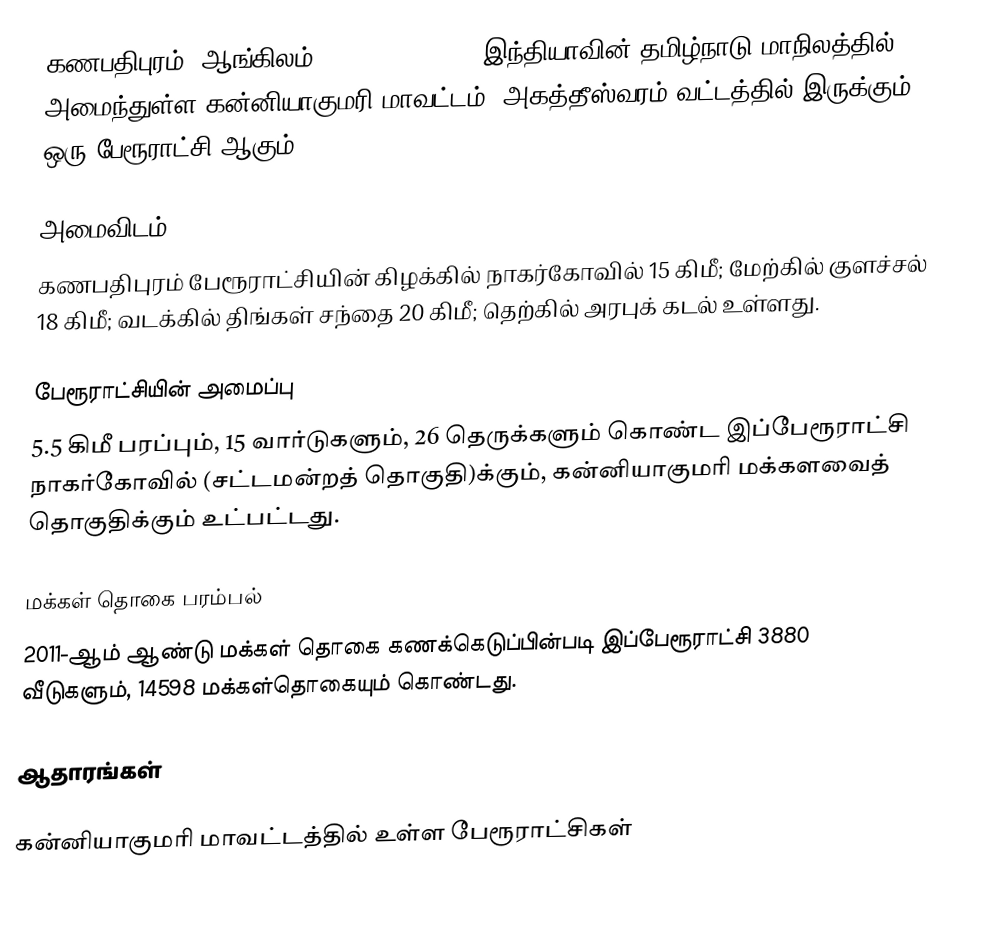
கணபதிபுரம் (ஆங்கிலம்:Ganapathipuram), இந்தியாவின் தமிழ்நாடு மாநிலத்தில் அமைந்துள்ள கன்னியாகுமரி மாவட்டம், அகத்தீஸ்வரம் வட்டத்தில் இருக்கும் ஒரு பேரூராட்சி ஆகும்.

அமைவிடம்
கணபதிபுரம் பேரூராட்சியின் கிழக்கில் நாகர்கோவில் 15 கிமீ;  மேற்கில் குளச்சல் 18 கிமீ; வடக்கில் திங்கள் சந்தை 20 கிமீ; தெற்கில் அரபுக் கடல் உள்ளது.

பேரூராட்சியின் அமைப்பு
5.5 கிமீ  பரப்பும், 15  வார்டுகளும், 26 தெருக்களும் கொண்ட இப்பேரூராட்சி நாகர்கோவில்   (சட்டமன்றத் தொகுதி)க்கும், கன்னியாகுமரி மக்களவைத் தொகுதிக்கும் உட்பட்டது.

மக்கள் தொகை பரம்பல்
2011-ஆம் ஆண்டு மக்கள் தொகை கணக்கெடுப்பின்படி  இப்பேரூராட்சி                           3880 வீடுகளும், 14598 மக்கள்தொகையும் கொண்டது.

ஆதாரங்கள்

கன்னியாகுமரி மாவட்டத்தில் உள்ள பேரூராட்சிகள்